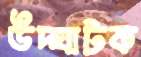
উদ্‌ঘাটক